Vital statistics of India. Vol. VI, European troops 1870-79
Year: 1870
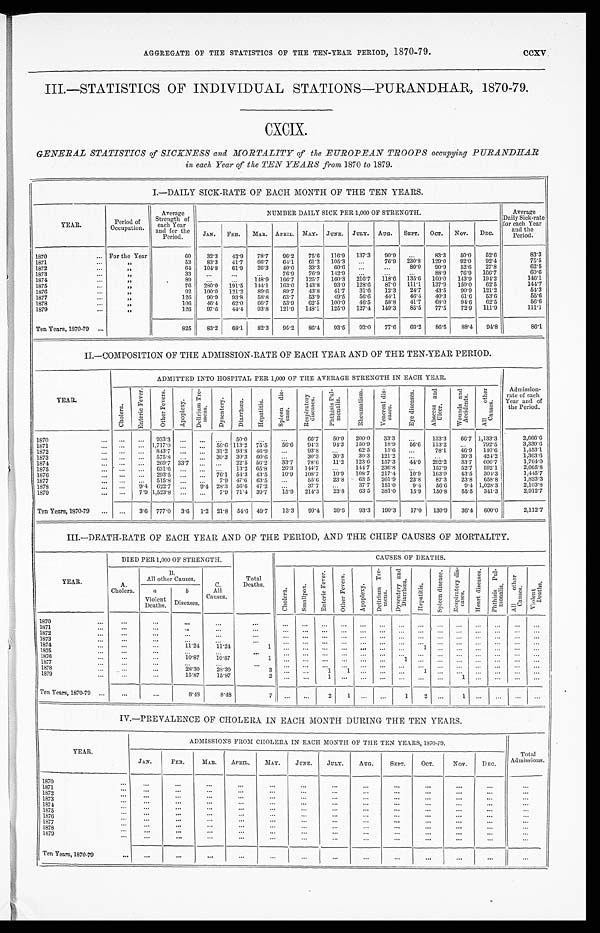
AGGREGATE OF THE STATISTICS OF THE TEN-YEAR PERIOD, 1870-79.
ccxv
III.—STATISTICS OF INDIVIDUAL STATIONS-PURANDHAR, 1870-79.
CXCIX.
GENERAL STATISTICS of SICKNESS and MORTALITY of the EUROPEAN TROOPS occupying PURANDHAR
in each Year of the TEN YEARS from 1870 to 1879.
I.—DAILY SICK-RATE OF EACH MONTH OF THE TEN YEARS.
YEAR.
Period of Occupation.
Average
Strength of
each Year
and for the
Period.
NUMBER DAILY SICK PER 1,000 OF STRENGTH.
Average
Daily
Sick-rate for each Year
and the
Period.
JAN. FEB. MAR. APRIL. MAY. JUNE. JULY.
AUG. SEPT. OCT.
NOV.
DEC.
1870
For the Year
6 0
3 2 . 3
4 2 . 9
7 8 . 7
9 6 . 2
7 5 . 6
1 1 6 . 9
1 3 7 . 3
9 0 . 9
. . .
8 3 . 3
5 0 . 0
5 2 . 6
8 3 . 3
1871
"
5 3
8 3 . 3
4 1 . 7
6 6 . 7
6 4 . 1
6 1 . 2
1 0 5 . 3
. . .
7 6 . 9
2 3 0 . 8
1 2 9 . 0
9 2 . 0
9 2 . 4
7 5 . 5
1872
"
6 4
1 0 4 . 8
6 1 . 9
2 6 . 3
4 0 . 0
3 3 . 3
6 0 . 6
. . .
. . .
8 0 . 0
9 0 . 9
5 2 . 6
2 7 . 8
6 2 . 5
1873
"
3 3
. . .
. . .
. . .
7 6 . 9
7 6 . 9
1 4 2 . 9
. . .
. . .
. . .
8 8 . 9
7 6 . 9
1 6 6 . 7
6 0 . 6
1874
"
8 9
. . .
. . .
1 4 8 . 9
1 6 6 . 7
1 2 5 . 7
1 6 0 . 3
2 1 6 . 7
1 1 8 . 6
1 3 5 . 6
1 6 0 . 0
1 4 3 . 9
1 9 4 . 2
1 4 6 . 1
1875
"
7 6
2 8 0 . 0
1 9 1 . 5
1 4 4 . 1
1 6 3 . 0
1 4 3 . 8
9 3 . 0
1 2 8 . 6
8 7 . 0
1 1 1 . 1
1 3 7 . 9
1 5 0 . 0
6 2 . 5
1 4 4 . 7
1876
"
9 2
1 0 0 . 0
1 2 1 . 2
8 9 . 6
8 9 . 7
4 3 . 8
4 1 . 7
3 1 . 6
1 2 . 3
2 4 . 7
4 3 . 5
9 0 . 9
1 2 1 . 2
5 4 . 3
1877
"
1 2 6
9 0 . 9
9 3 . 8
5 8 . 8
6 3 . 7
5 3 . 9
4 9 . 5
5 6 . 6
4 4 . 1
4 6 . 4
4 0 . 3
6 1 . 6
5 3 . 6
5 5 . 6
1878
"
1 0 6
4 6 . 4
6 2 . 0
6 6 . 7
5 3 . 9
6 2 . 5
1 0 0 . 0
4 6 . 5
5 8 . 8
4 1 . 7
6 8 . 0
9 4 . 6
6 2 . 5
5 6 . 6
1879
"
1 2 6
9 7 . 6
4 4 . 4
9 3 . 8
1 2 1 . 9
1 4 8 . 1
1 2 5 . 0
1 2 7 . 4
1 4 9 . 3
8 5 . 5
7 7 . 5
7 2 . 9
1 1 1 . 9
1 1 1 . 1
Ten Years, 1870-79
8 2 5
8 3 . 2
6 8 . 1
8 2 . 3
9 5 . 2
8 6 . 4
9 3 . 5
9 2 . 0
7 7 . 6
6 9 . 2
8 6 . 5
8 8 . 4
9 4 . 8
8 6 . 1
II.—COMPOSITION OF THE ADMISSION-RATE OF EACH YEAR AND OF THE TEN-YEAR PERIOD.
YEAR.
ADMITTED INTO HOSPITAL PER 1,000 OF THE AVERAGE STRENGTH IN EACH YEAR.
Admission-
rate of each
Year and of
the Period.
C h o l e r a .
E n t e r i c F e v e r .
O t h e r F e v e r s .
Ap o p l e x y .
D e l i r i u m T r e -
m e n s .
D y s e n t e r y .
D i a r r h œ a .
H e p a t i t i s .
S p l e e n d i s -
e a s e .
R e s p i r a t o r y d i s e a s e s .
P h t h i s i s P u l -
m o n a l i s .
R h e u m a t i s m .
V e n e r a l d i s -
e a s e s .
E y e d i s e a s e s .
A b s c e s s a n d U l c e r .
W o u n d s a n d A c c i d e n t s .
A l l o t h e r C a u s e s .
1870
. . .
. . .
9 3 3 . 3
. . .
. . .
. . .
5 0 . 0
. . .
. . .
6 6 . 7
5 0 . 0
2 0 0 . 0
3 3 . 3
. . .
1 3 3 . 3
6 6 . 7
1 , 1 3 3 . 3
2 , 6 6 6 . 6
1871
. . .
. . .
1 , 7 1 7 . 0
. . .
. . .
5 6 . 6
1 1 3 . 2
7 5 . 5
5 6 . 6
9 4 . 3
9 4 . 3
1 5 0 . 9
1 8 . 9
5 6 . 6
1 1 3 . 2
. . .
7 9 2 . 5
3 , 3 3 9 . 6
1872
. . .
. . .
8 4 3 . 7
. . .
. . .
3 1 . 2
9 3 . 8
4 6 . 9
. . .
9 3 . 8
. . .
6 2 . 5
1 5 . 6
. . .
7 8 . 1
4 6 . 9
1 4 0 . 6
1 , 4 5 3 . 1
1873
. . .
. . .
5 7 5 . 8
. . .
. . .
3 0 . 3
3 0 . 3
6 0 . 6
. . .
3 0 . 3
3 0 . 3
3 0 . 3
1 2 1 . 2
. . .
. . .
3 0 . 3
4 2 4 . 2
1 , 3 6 3 . 6
1874
. . .
. . .
2 6 9 . 7
3 3 . 7
. . .
. . .
2 2 . 5
5 6 . 2
3 3 . 7
7 8 . 6
1 1 . 2
1 2 3 . 6
1 5 7 . 3
4 4 . 9
2 9 2 . 2
3 3 . 7
6 0 6 . 7
1 , 7 6 4 . 0
1875
. . .
. . .
6 3 1 . 6
. . .
. . .
. . .
1 3 . 2
6 5 . 8
2 6 . 3
1 4 4 . 7
. . .
1 4 4 . 7
2 3 6 . 8
. . .
1 5 7 . 9
5 2 . 7
5 9 2 . 1
2 , 0 6 5 . 8
1876
. . .
. . .
2 9 3 . 5
. . .
. . .
7 6 . 1
5 4 . 3
4 3 . 5
1 0 . 9
1 0 8 . 7
1 0 . 9
1 0 8 . 7
2 1 7 . 4
1 0 . 9
1 6 3 . 0
4 3 . 5
3 0 4 . 3
1 , 4 4 5 . 7
1877
. . .
. . .
5 1 5 . 8
. . .
. . .
7 . 9
4 7 . 6
6 3 . 5
. . .
5 5 . 6
2 3 . 8
6 3 . 5
2 6 1 . 9
2 3 . 8
8 7 . 3
2 3 . 8
6 5 8 . 8
1 , 8 3 3 . 3
1878
. . .
9 . 4
6 2 2 . 7
. . .
9 . 4
2 8 . 3
5 6 . 6
4 7 . 2
. . .
3 7 . 7
. . .
3 7 . 7
1 5 1 . 0
9 . 4
5 6 . 6
9 . 4
1 , 0 2 8 . 3
2 , 1 0 3 . 8
1879
. . .
7 . 9
1 , 5 2 3 . 8
. . .
. . .
7 . 9
7 1 . 4
3 9 . 7
1 5 . 9
2 1 4 . 3
2 3 . 8
6 3 . 5
3 8 1 . 0
1 5 . 9
1 5 0 . 8
5 5 . 5
3 4 1 . 3
2 , 9 1 2 . 7
Ten Years, 1870-79
. . .
3 . 6
7 7 7 . 0
3 . 6
1 . 2
2 1 . 8
5 4 . 6
4 9 . 7
1 3 . 3
9 9 . 4
2 0 . 6
9 3 . 3
1 9 0 . 3
1 7 . 0
1 3 0 . 9
3 6 . 4
6 0 0 . 0
2 , 1 1 2 . 7
III.—DEATH-RATE OF EACH YEAR AND OF THE PERIOD, AND THE CHIEF CAUSES OF MORTALITY.
YEAR.
DIED PER 1,000 OF STRENGTH.
Total
Deaths.
C A U S E S O F D E A T H S .
A.
Cholera.
B .
All other Causes.
C .
All
Causes.
C h o l e r a .
S m a l l p o x .
E n t e r i c F e v e r .
O t h e r F e v e r s .
A p o p l e x y .
De l i r i u m Tr e -
mens.
D y s e n t e r y a n d D i a r r h œ a .
Hepat i t i s.
S p l e e n d i s e a s e .
R e s p i r a t o r y d i s -
eases.
H e a r t d i s e a s e s . P h t h i s i s P u l - mo n a l i s .
A l l o t h e r C a u s e s .
Vi o l e n t De a t h s .
a
Violent
Deaths.
b
Diseases.
1870
. . .
. . .
. . .
. . .
. . .
. . .
. . .
. . .
. . .
. . .
. . .
. . .
. . .
. . .
. . .
. . .
. . .
. . .
. . .
1871
. . .
. . .
. . .
. . .
. . .
. . .
. . .
. . .
. . .
. . .
. . .
. . .
. . .
. . .
. . .
. . .
. . .
. . .
. . .
1872
. . .
. . .
. . .
. . .
. . . . . .
. . .
. . .
. . .
. . .
. . .
. . .
. . .
. . .
. . .
. . .
. . .
. . .
. . .
1873
. . .
. . .
. . .
. . .
. . . . . .
. . .
. . .
. . .
. . .
. . .
. . .
. . .
. . .
. . .
. . .
. . .
. . .
. . .
1 8 7 4
. . .
. . .
1 1 . 2 4
1 1 . 2 4
1
. . .
. . .
. . .
. . .
. . .
. . .
. . .
1
. . .
. . .
. . .
. . .
. . .
. . .
1875
. . .
. . .
. . .
. . .
. . . . . .
. . .
. . .
. . .
. . .
. . .
. . .
. . .
. . .
. . .
. . .
. . .
. . .
. . .
1876
. . .
. . .
1 0 . 8 7
1 0 . 8 7
1
. . .
. . .
. . .
. . .
. . .
. . .
1
. . .
. . .
. . .
. . .
. . .
. . .
. . .
1 8 7 7
. . .
. . .
. . .
. . .
. . .
. . .
. . .
. . .
. . .
. . .
. . .
. . .
. . .
. . .
. . .
. . .
. . .
. . .
. . .
1878
. . .
. . .
2 8 . 3 0
2 8 . 3 0
3
. . .
. . .
1
1
. . .
. . .
. . .
1
. . .
. . .
. . .
. . .
. . .
. . .
1879
. . .
. . .
1 5 . 8 7
1 5 . 8 7
2
. . .
. . .
1
. . .
. . .
. . .
. . .
. . .
. . .
1
. . .
. . .
. . .
. . .
Ten Years, 1870-79
. . .
. . .
8 . 4 8
8 . 4 8
7
. . .
. . .
2
1
. . .
. . .
1
2
. . .
1
. . .
. . .
. . .
. . .
IV.—PREVALENCE OF CHOLERA IN EACH MONTH DURING THE TEN YEARS.
YEAR.
ADMISSIONS FROM CHOLERA IN EACH MONTH OF THE TEN YEARS, 1870-79.
Total
Admissions.
JAN.
FEB.
MAR.
APRIL.
MAY.
JUNE.
JULY.
AUG.
SEPT.
OCT.
NOV.
DEC.
1 8 7 0
...
...
...
...
...
...
...
...
...
...
...
...
...
1871
. . .
. . .
. . .
. . .
. . .
. . .
. . .
...
. . .
. . .
. . .
. . .
. . .
1872 ...
. . .
. . .
...
. . .
. . . ...
. . .
. . .
. . .
. . .
. . .
. . .
1873
. . .
. . .
. . .
. . . ...
...
. . .
. . .
. . .
...
...
. . .
. . .
1 8 7 4
...
. . .
. . .
. . .
. . .
. . .
. . .
. . .
. . .
. . .
. . .
. . .
...
1875
. . . ...
. . .
. . .
. . .
. . . ...
. . .
...
. . .
. . .
. . .
. . .
1 8 7 6
. . .
. . .
. . .
... ...
. . .
. . .
...
. . .
. . .
. . .
. . .
. . .
1877
. . .
. . .
...
. . .
. . .
. . .
. . .
. . .
. . .
...
. . .
. . .
. . .
1878
. . .
. . .
. . .
. . .
. . .
. . .
. . .
. . .
. . .
. . .
...
...
. . .
1879
. . .
. . .
. . .
. . . ...
. . .
. . .
. . .
. . .
. . .
. . .
. . .
. . .
Ten Years, 1870-79
. . .
. . .
. . .
. . . ...
. . .
. . .
. . .
. . .
. . .
. . .
. . .
. . .